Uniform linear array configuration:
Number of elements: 4
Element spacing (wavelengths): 0.25
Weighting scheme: uniform
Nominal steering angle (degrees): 15
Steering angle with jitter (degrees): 13.041
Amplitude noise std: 0.05
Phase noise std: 0.05

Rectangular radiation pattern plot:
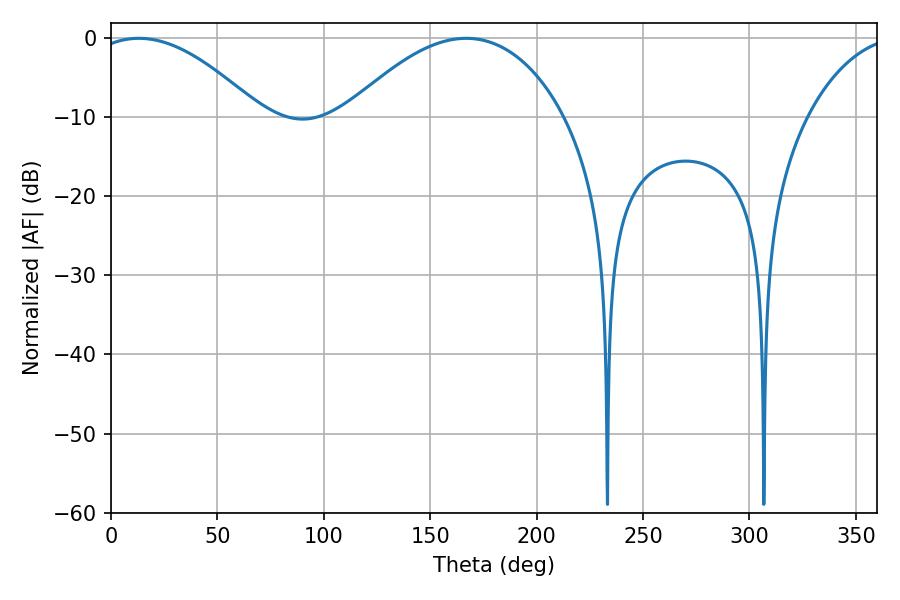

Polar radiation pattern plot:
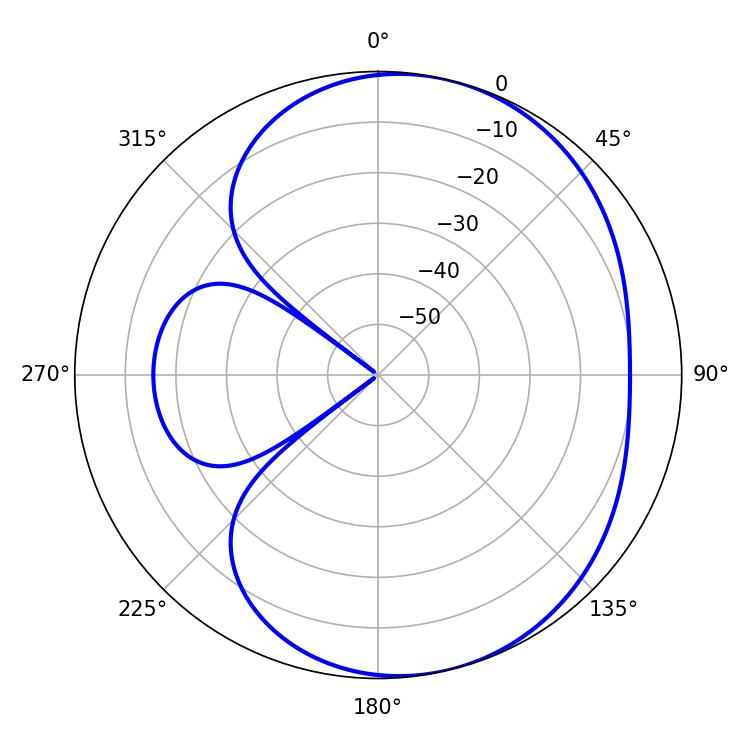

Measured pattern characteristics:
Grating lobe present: FALSE
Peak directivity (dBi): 5.294
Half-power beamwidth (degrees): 43.56
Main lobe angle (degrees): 13.14